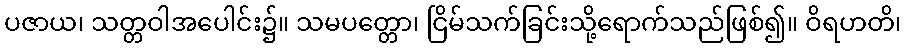
ပဇာယ၊ သတ္တဝါအပေါင်း၌။ သမပတ္တော၊ ငြိမ်သက်ခြင်းသို့ရောက်သည်ဖြစ်၍။ ဝိရဟတိ၊